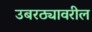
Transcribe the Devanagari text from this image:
उबरठ्यावरील